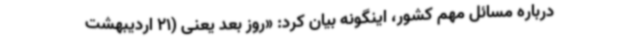
درباره مسائل مهم کشور، اینگونه بیان کرد: «روز بعد یعنی (21 اردیبهشت